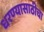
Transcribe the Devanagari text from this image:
धरण्यासाठीचा